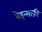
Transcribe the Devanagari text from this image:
बेइन्साफ़ी